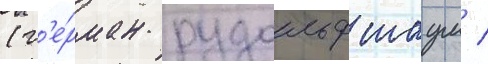
(г'е́рман рудольф шаум /